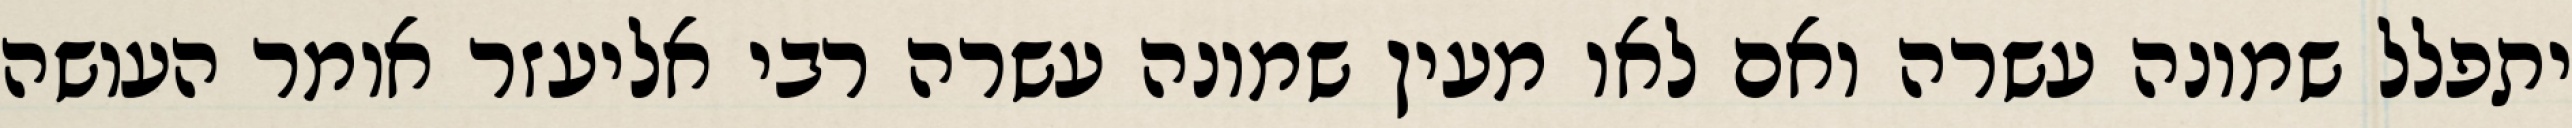
יתפלל שמונה עשרה ואם לאו מעין שמונה עשרה רבי אליעזר אומר העושה